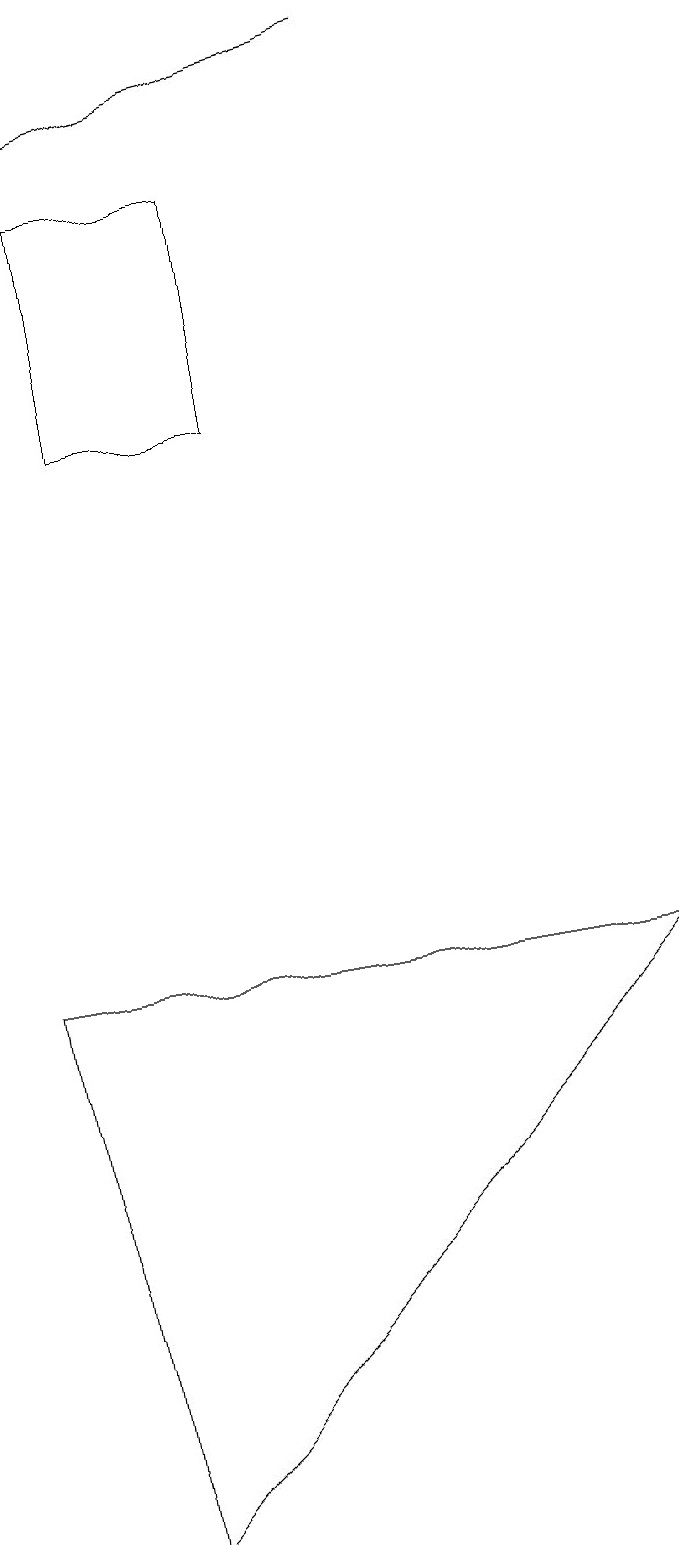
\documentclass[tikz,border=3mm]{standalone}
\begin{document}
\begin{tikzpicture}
\draw[->] (6,19) -- (2,18);
\draw (2,0) -- (9,7) -- (1,7) -- cycle;
\draw (2,17) rectangle (4,14);
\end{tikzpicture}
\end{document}